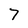
Character: 7